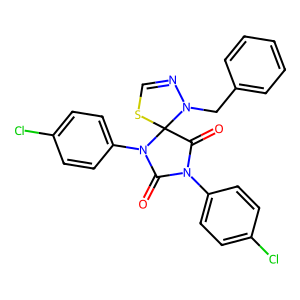
SMILES: O=C1N(c2ccc(Cl)cc2)C(=O)C2(SC=NN2Cc2ccccc2)N1c1ccc(Cl)cc1
Inhibits HIV replication: No